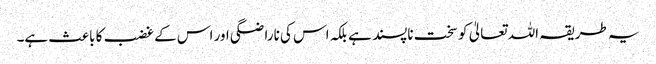
یہ طریقہ اللہ تعالیٰ کو سخت ناپسند ہے بلکہ اس کی ناراضگی اور اس کے غضب کا باعث ہے۔